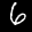
Label: 6